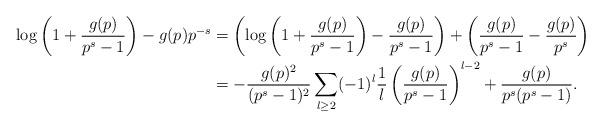
LaTeX: \begin{align*}\log\left(1+\frac{g(p)}{p^s-1}\right) - g(p)p^{-s} &= \left(\log\left(1+\frac{g(p)}{p^s-1}\right) - \frac{g(p)}{p^{s}-1}\right) + \left(\frac{g(p)}{p^s-1} - \frac{g(p)}{p^s}\right) \\&= -\frac{g(p)^2}{(p^{s}-1)^2}\sum_{l \geq 2} (-1)^{l} \frac{1}{l}\left(\frac{g(p)}{p^s-1}\right)^{l-2} + \frac{g(p)}{p^s(p^s-1)} .\end{align*}